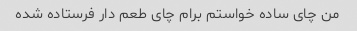
من چای ساده خواستم برام چای طعم دار فرستاده شده